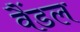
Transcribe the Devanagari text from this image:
वैंडल